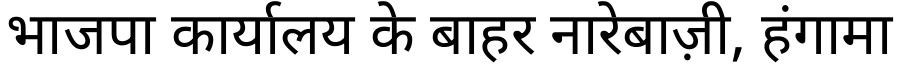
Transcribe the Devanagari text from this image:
भाजपा कार्यालय के बाहर नारेबाज़ी, हंगामा